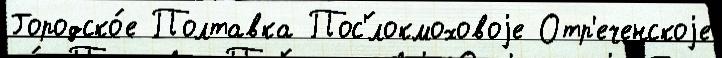
Городско́е Полтавка Пос'́локмоховоjе Отр'еченскоjе